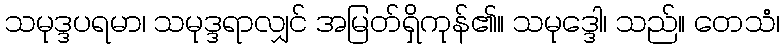
သမုဒ္ဒပရမာ၊ သမုဒ္ဒရာလျှင် အမြတ်ရှိကုန်၏။ သမုဒ္ဒေါ၊ သည်။ တေသံ၊